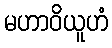
မဟာဝိယူဟံ